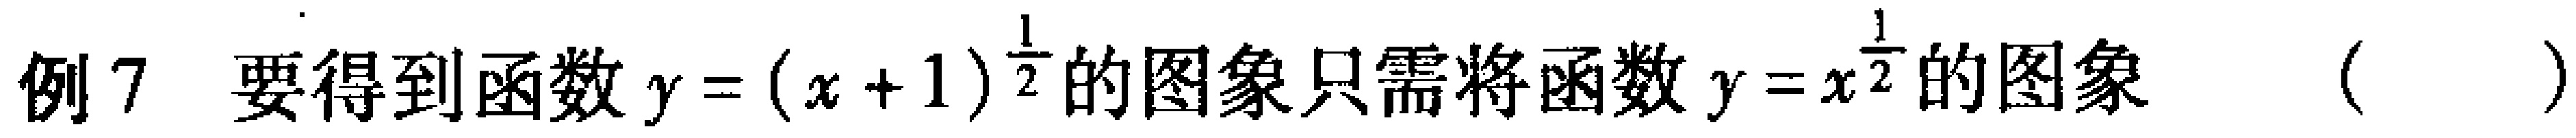
例7 要得到函数\(y=(x + 1)^{\frac{1}{2}}\)的图象只需将函数\(y=x^{\frac{1}{2}}\)的图象（  ）